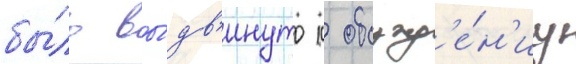
бы́ло вы́дв'инуто к обсужд'е́н'иу